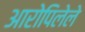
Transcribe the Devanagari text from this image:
आरोपिलेले